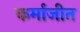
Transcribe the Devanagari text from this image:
कर्माजीत